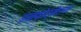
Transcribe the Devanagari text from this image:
इनफ़ोर्मेशन